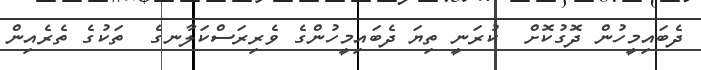
ދެބައިމީހުން ދޮގުކޮށް  ކުރަނީ ތިޔަ ދެބައިމީހުންގެ ވެރިރަސްކަލާނގެ  ތަކުގެ ތެރެއިން